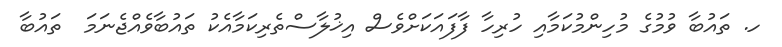
ހ. ތައުބާ ވުމުގެ މުހިންމުކަމާއި ހުރިހާ ފާފައަކަށްވެސް އިޚުލާސްތެރިކަމާއެކު ތައުބާވެއްޖެނަމަ  ތައުބާ